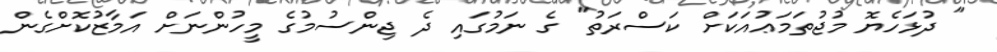
" ދުޅަހެޔޮ މުޖުތަމަޢުއަކަށް ކަސްރަތު" ގެ ނަމުގައި ދެ ޖިންސުމުގެ މީހުންނަށް އަމާޒުކޮށްގެން